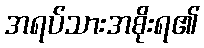
အရပ်သားအစိုးရ၏